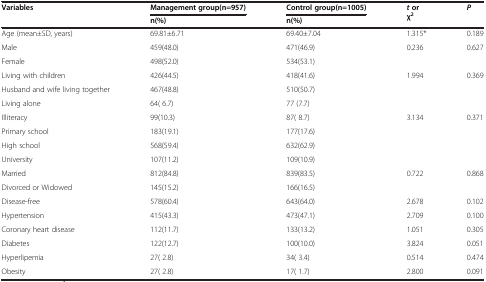
<table><thead><tr><td><b>Variables</b></td><td><b>Management group(n=957)</b></td><td><b>Control group(n=1005)</b></td><td><b><i>t </i>or χ<sup>2</sup></b></td><td><b><i>P</i></b></td></tr><tr><td><b> </b></td><td><b>n(%)</b></td><td><b>n(%)</b></td><td><b> </b></td><td><b> </b></td></tr></thead><tbody><tr><td>Age (mean±SD, years)</td><td>69.81±6.71</td><td>69.40±7.04</td><td>1.315*</td><td>0.189</td></tr><tr><td>Male</td><td>459(48.0)</td><td>471(46.9)</td><td>0.236</td><td>0.627</td></tr><tr><td>Female</td><td>498(52.0)</td><td>534(53.1)</td><td> </td><td> </td></tr><tr><td>Living with children</td><td>426(44.5)</td><td>418(41.6)</td><td>1.994</td><td>0.369</td></tr><tr><td>Husband and wife living together</td><td>467(48.8)</td><td>510(50.7)</td><td> </td><td> </td></tr><tr><td>Living alone</td><td>64( 6.7)</td><td>77 (7.7)</td><td> </td><td> </td></tr><tr><td>Illiteracy</td><td>99(10.3)</td><td>87( 8.7)</td><td>3.134</td><td>0.371</td></tr><tr><td>Primary school</td><td>183(19.1)</td><td>177(17.6)</td><td> </td><td> </td></tr><tr><td>High school</td><td>568(59.4)</td><td>632(62.9)</td><td> </td><td> </td></tr><tr><td>University</td><td>107(11.2)</td><td>109(10.9)</td><td> </td><td> </td></tr><tr><td>Married</td><td>812(84.8)</td><td>839(83.5)</td><td>0.722</td><td>0.868</td></tr><tr><td>Divorced or Widowed</td><td>145(15.2)</td><td>166(16.5)</td><td> </td><td> </td></tr><tr><td>Disease-free</td><td>578(60.4)</td><td>643(64.0)</td><td>2.678</td><td>0.102</td></tr><tr><td>Hypertension</td><td>415(43.3)</td><td>473(47.1)</td><td>2.709</td><td>0.100</td></tr><tr><td>Coronary heart disease</td><td>112(11.7)</td><td>133(13.2)</td><td>1.051</td><td>0.305</td></tr><tr><td>Diabetes</td><td>122(12.7)</td><td>100(10.0)</td><td>3.824</td><td>0.051</td></tr><tr><td>Hyperlipemia</td><td>27( 2.8)</td><td>34( 3.4)</td><td>0.514</td><td>0.474</td></tr><tr><td>Obesity</td><td>27( 2.8)</td><td>17( 1.7)</td><td>2.800</td><td>0.091</td></tr></tbody></table>